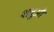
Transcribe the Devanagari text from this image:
शत्रुऔं